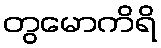
တွမောကိရိ